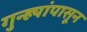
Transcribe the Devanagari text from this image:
गुन्ह्यांपासून